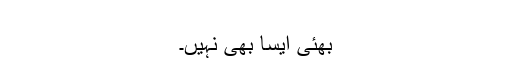
​
بھئی ایسا بھی نہیں۔